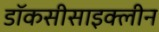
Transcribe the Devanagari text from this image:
डॉकसीसाइक्लीन